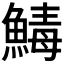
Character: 𩹝